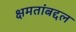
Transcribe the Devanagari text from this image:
क्षमतांबद्दल